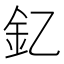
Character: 釔